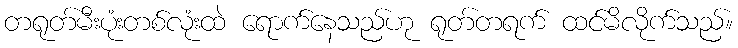
တရုတ်မီးပုံးတစ်လုံးထဲ ရောက်နေသည်ဟု ရုတ်တရက် ထင်မိလိုက်သည်။